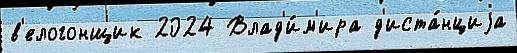
в'елогонщик 2024 Влад'и́м'ира д'иста́нциjа